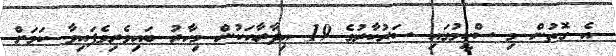
އެ ގޮތުން މި ސްކީމުގައި ސަރުކާރުގެ 19 އިދާރާއަކުން މިހާރު ބައިވެރިވެފައިވާ ކަމަށް